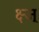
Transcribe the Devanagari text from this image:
क्ष्ज्